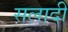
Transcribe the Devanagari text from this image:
सलादी